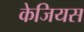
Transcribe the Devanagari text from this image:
केजियस